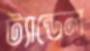
ট্যান্ডেল